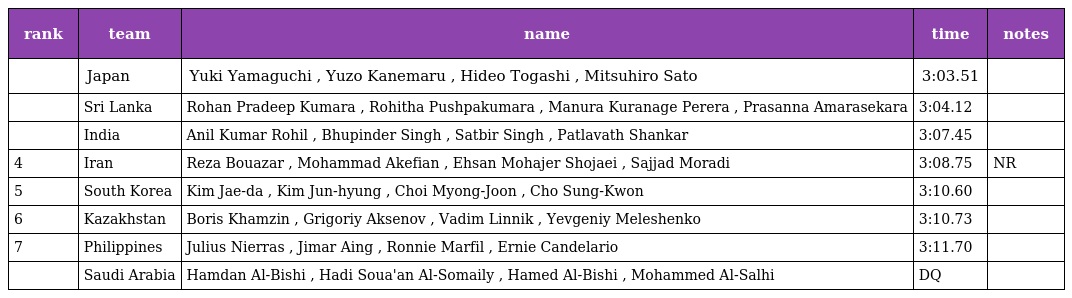
| rank | team | name | time | notes |
 | --- | --- | --- | --- | --- |
 |  | Japan | Yuki Yamaguchi , Yuzo Kanemaru , Hideo Togashi , Mitsuhiro Sato | 3:03.51 |  |
 |  | Sri Lanka | Rohan Pradeep Kumara , Rohitha Pushpakumara , Manura Kuranage Perera , Prasanna Amarasekara | 3:04.12 |  |
 |  | India | Anil Kumar Rohil , Bhupinder Singh , Satbir Singh , Patlavath Shankar | 3:07.45 |  |
 | 4 | Iran | Reza Bouazar , Mohammad Akefian , Ehsan Mohajer Shojaei , Sajjad Moradi | 3:08.75 | NR |
 | 5 | South Korea | Kim Jae-da , Kim Jun-hyung , Choi Myong-Joon , Cho Sung-Kwon | 3:10.60 |  |
 | 6 | Kazakhstan | Boris Khamzin , Grigoriy Aksenov , Vadim Linnik , Yevgeniy Meleshenko | 3:10.73 |  |
 | 7 | Philippines | Julius Nierras , Jimar Aing , Ronnie Marfil , Ernie Candelario | 3:11.70 |  |
 |  | Saudi Arabia | Hamdan Al-Bishi , Hadi Soua'an Al-Somaily , Hamed Al-Bishi , Mohammed Al-Salhi | DQ |  |